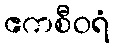
ဧကစီဝရံ